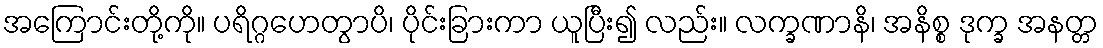
အကြောင်းတို့ကို။ ပရိဂ္ဂဟေတွာပိ၊ ပိုင်းခြားကာ ယူပြီး၍ လည်း။ လက္ခဏာနိ၊ အနိစ္စ ဒုက္ခ အနတ္တ